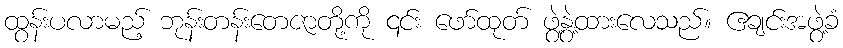
ထွန်းပလာမည့် ဘုန်းတန်းတေဇာတို့ကို ၎င်း ဖော်ထုတ် ဖွဲ့နွဲ့ထားလေသည်။ ဧချင်းအဖွဲ့ခံ